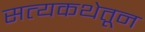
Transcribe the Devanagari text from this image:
सत्यकथेतून